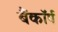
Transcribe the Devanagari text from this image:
बैंकॉर्प